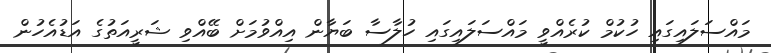
މައްސަލައިގައި ހުކުމް ކުރެއްވީ މައްސަލައިގައި ހުލާސާ ބަޔާން އިއްވުމަށް ބޭއްވި ޝަރީއަތުގެ އަޑުއެހުން